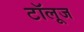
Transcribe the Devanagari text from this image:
टॉलूज